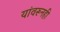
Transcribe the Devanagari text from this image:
यांवरूनही